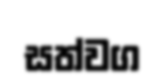
සත්වග